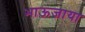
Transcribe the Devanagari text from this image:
भाऊजाया